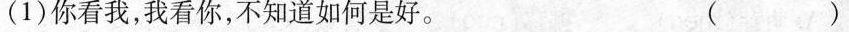
(1)你看我，我看你，不知道如何是好。 ( )